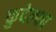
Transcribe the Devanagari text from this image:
कुदेल्का